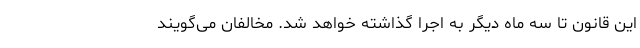
این قانون تا سه ماه دیگر به اجرا گذاشته خواهد شد. مخالفان می‌گویند